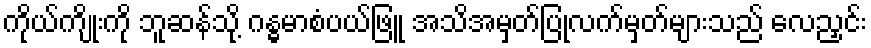
ကိုယ်ကျိုးကို ဘူဆန်သို့ ဂန္ဓမာစံပယ်ဖြူ အသိအမှတ်ပြုလက်မှတ်များသည် လေညှင်း